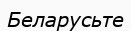
Беларусьте